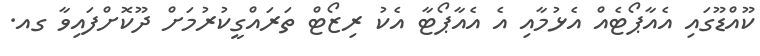
ކޫއްޑޫގައި އެއާޕޯޓެއް އެޅުމާއި އެ އެއާޕޯޓާ އެކު ރިޒޯޓް ތަރައްގީކުރުމަށް ދޫކޮށްފައިވާ ގއ.